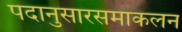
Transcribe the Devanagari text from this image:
पदानुसारसमाकलन